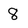
Character: 8